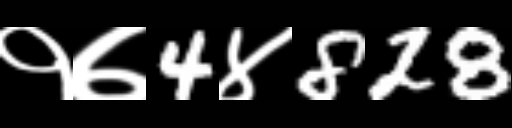
Text: १७4४828